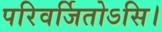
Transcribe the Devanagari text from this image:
परिवर्जितोऽसि।